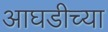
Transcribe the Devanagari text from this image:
आघडीच्या